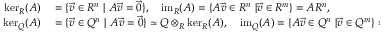
\begin{array} { r l } { \ker _ { R } ( A ) } & { { } = \{ \vec { v } \in R ^ { n } \ | \ A \vec { v } = \vec { 0 } \} , \ \ \ \operatorname { i m } _ { R } ( A ) = \{ A \vec { v } \in R ^ { n } \ | \vec { v } \in R ^ { m } \} = A R ^ { n } , } \\ { \ker _ { Q } ( A ) } & { { } = \{ \vec { v } \in Q ^ { n } \ | \ A \vec { v } = \vec { 0 } \} \simeq Q \otimes _ { R } \ker _ { R } ( A ) , \ \ \ \operatorname { i m } _ { Q } ( A ) = \{ A \vec { v } \in Q ^ { n } \ | \vec { v } \in Q ^ { m } \} = A Q ^ { n } . } \end{array}